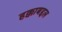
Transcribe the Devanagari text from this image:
हक्काबद्दल